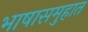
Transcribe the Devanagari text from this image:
भाषासमुहात